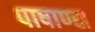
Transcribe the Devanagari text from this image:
पाषाण्स्र